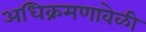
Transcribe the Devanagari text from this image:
अधिक्रमणावेळी